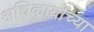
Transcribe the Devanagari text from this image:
अधिकार्यांच्या